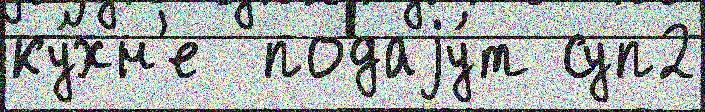
ку́хн'е  подаjу́т суп2